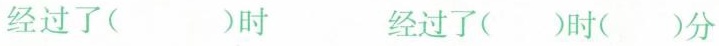
经过了( )时 经过了()时()分